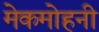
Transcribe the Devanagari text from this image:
मेकमोहनी